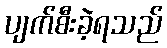
ပျက်စီးခဲ့ရသည်